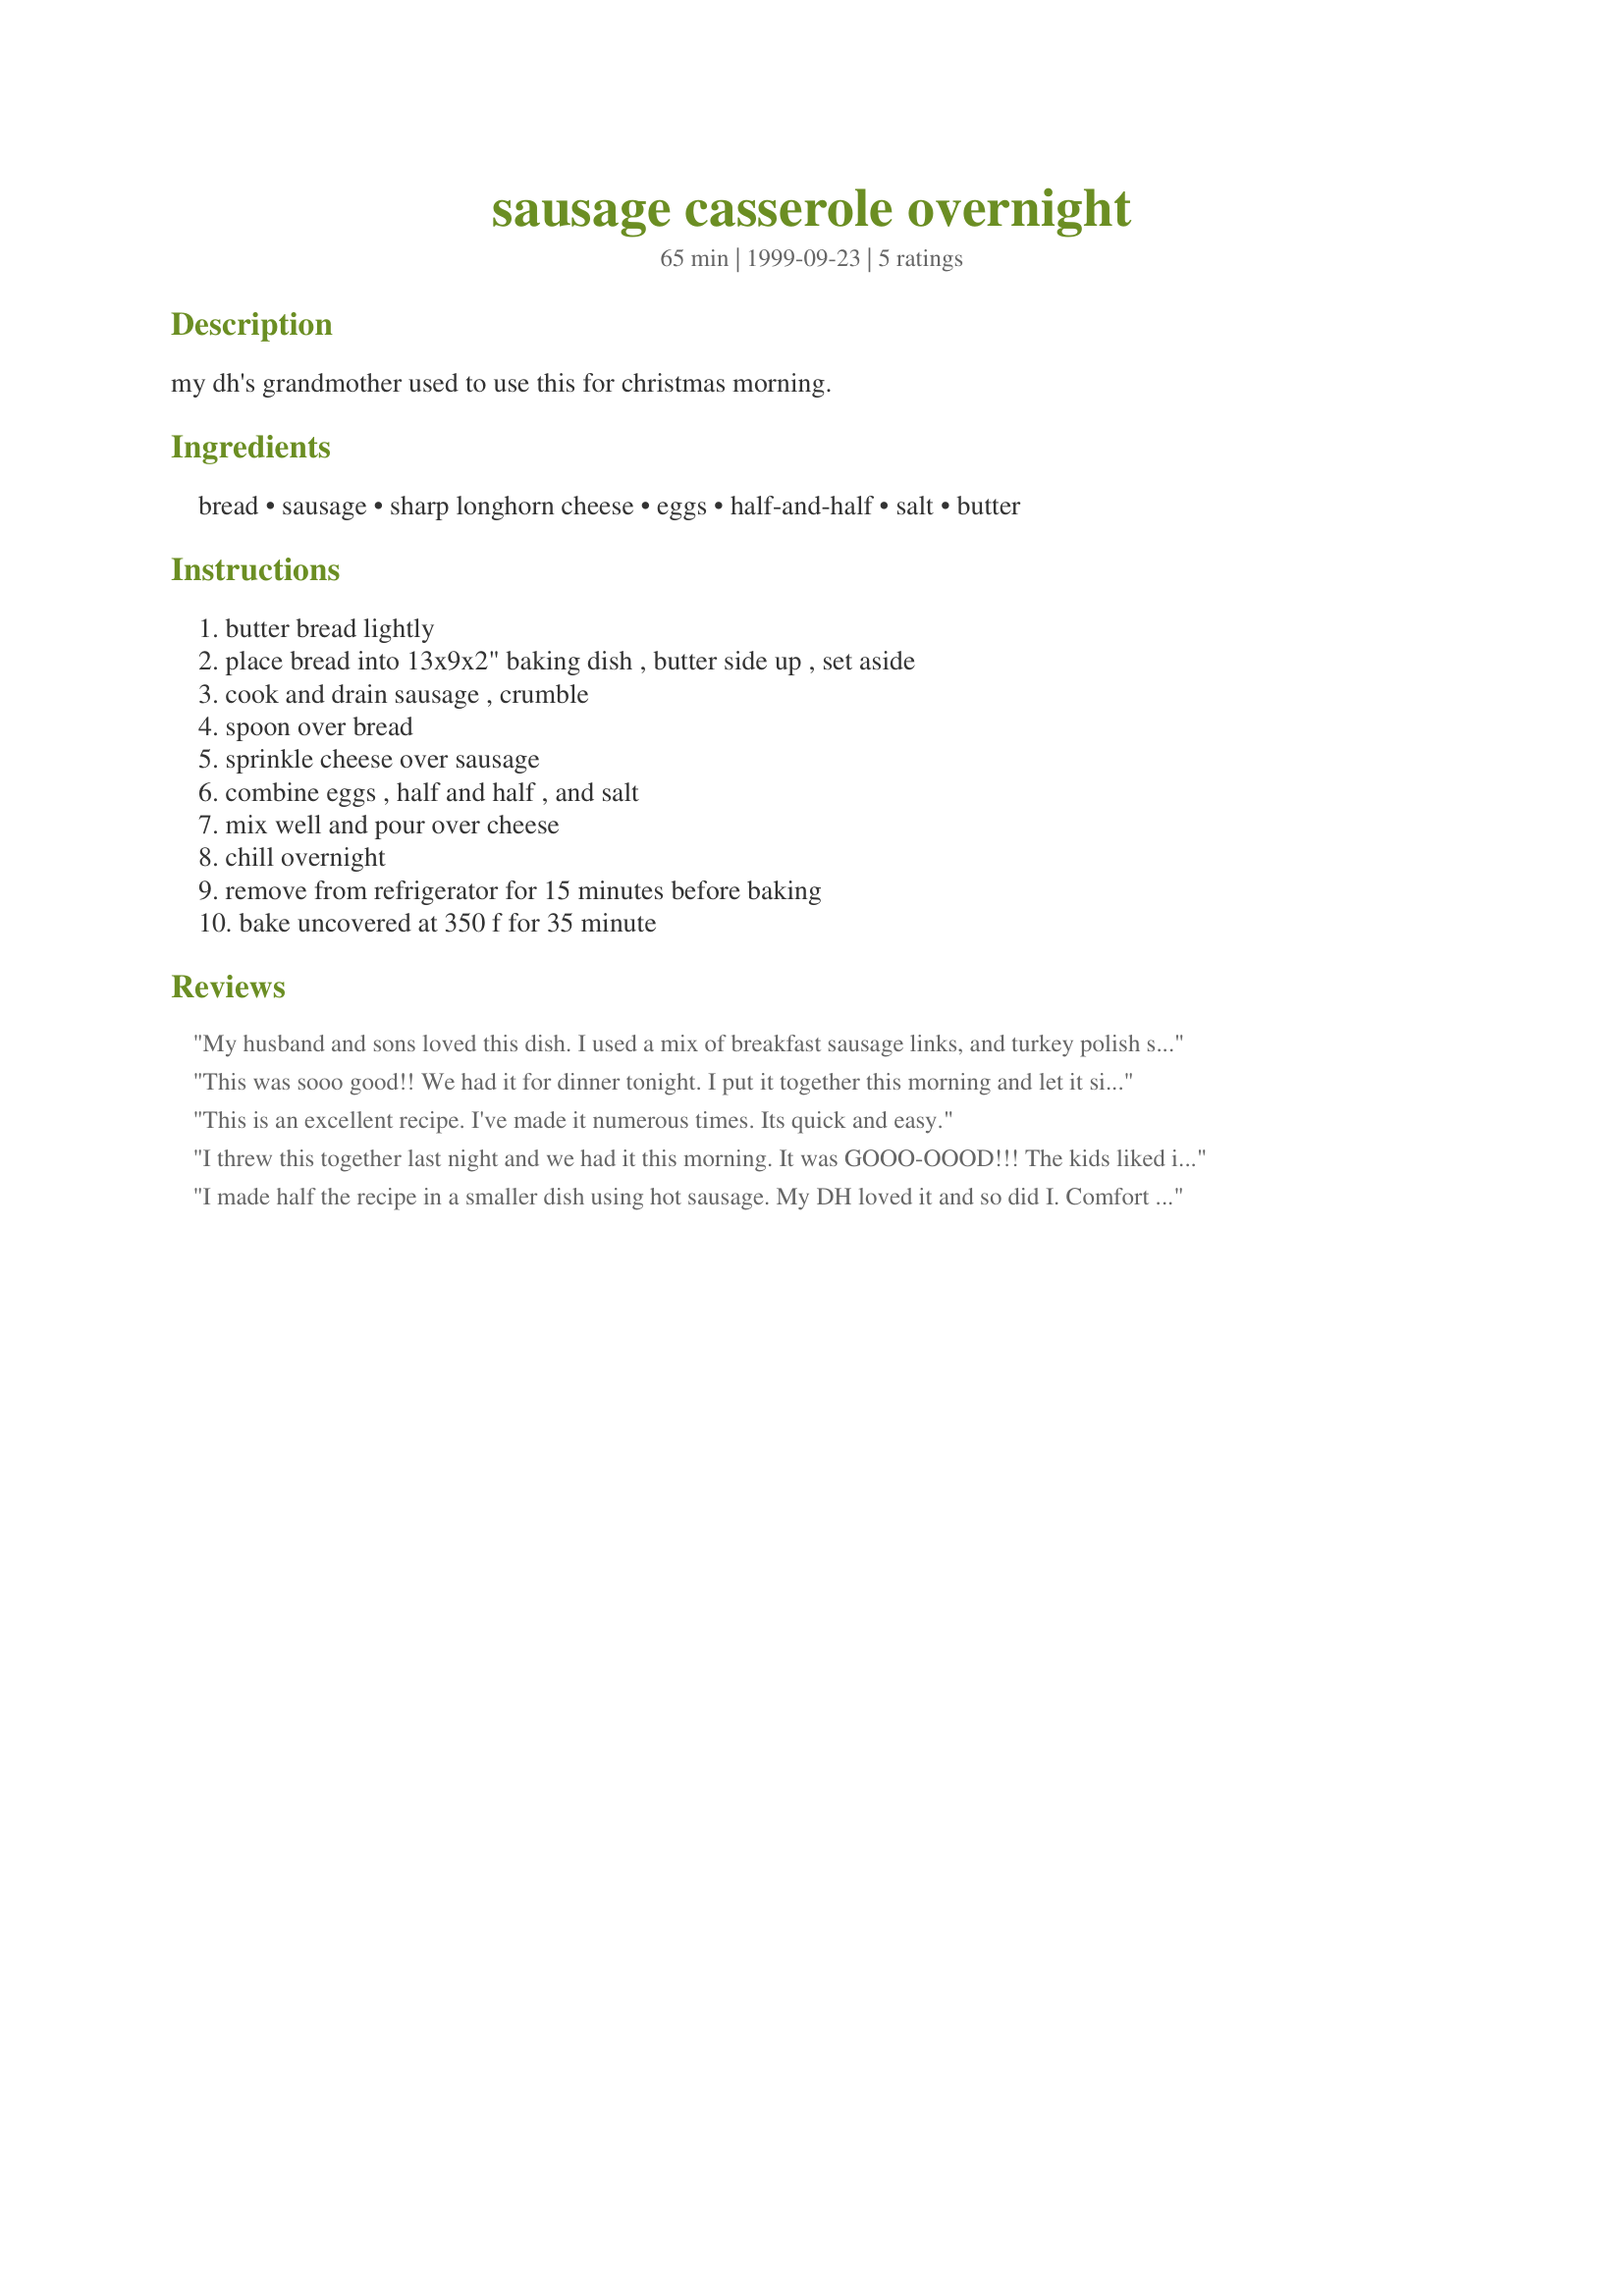
sausage casserole overnight
Preparation time: 65 minutes

my dh's grandmother used to use this for christmas morning.

Ingredients:
bread, sausage, sharp longhorn cheese, eggs, half-and-half, salt, butter

Steps:
butter bread lightly, place bread into 13x9x2" baking dish , butter side up , set aside, cook and drain sausage , crumble, spoon over bread, sprinkle cheese over sausage, combine eggs , half and half , and salt, mix well and pour over cheese, chill overnight, remove from refrigerator for 15 minutes before baking, bake uncovered at 350 f for 35 minute

Reviews:
My husband and sons loved this dish. I used a mix of breakfast sausage links, and turkey polish sausage. I am trying to cut back on calories, so I used skim milk in place of the half and half. I made this and then popped it right into the oven. It turned out great. Will definitely make this again. Thanks for the recipe.
This was sooo good!! We had it for dinner tonight. I put it together this morning and let it sit in the refrigerator all day. I used 2 lbs of mild sausage and a mixture of cheddar and monterey-jack cheese. It turned out great. I did have to cook it for about 55 minutes to make sure the egg was done to my liking. Thanks for a great recipe!
This is an excellent recipe. I've made it numerous times. Its quick and easy.
I threw this together last night and we had it this morning. It was GOOO-OOOD!!! The kids liked it too. Since it was just the three of us I 1/2 it. Turned out great. Thanks!
I made half the recipe in a smaller dish using hot sausage. My DH loved it and so did I. Comfort food. I oiled the dish before placing the bread. Didin`t butter the bread. And added Italian seasonings to the egg mixture. I made this with left over sausage. Skipped the overnight chill but did let soak for 30 minutes.
Thanks Marg!
